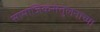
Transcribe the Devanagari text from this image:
सामाजिकसंतुलनाच्या